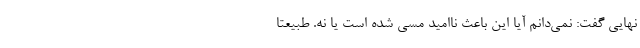
نهایی گفت: نمی‌دانم آیا این باعث ناامید مسی شده است یا نه. طبیعتا